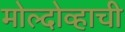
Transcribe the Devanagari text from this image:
मोल्दोव्हाची